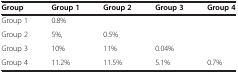
<table><thead><tr><td><b>Group</b></td><td><b>Group 1</b></td><td><b>Group 2</b></td><td><b>Group 3</b></td><td><b>Group 4</b></td></tr></thead><tbody><tr><td>Group 1</td><td>0.8%</td><td> </td><td> </td><td> </td></tr><tr><td>Group 2</td><td>5%,</td><td>0.5%</td><td> </td><td> </td></tr><tr><td>Group 3</td><td>10%</td><td>11%</td><td>0.04%</td><td> </td></tr><tr><td>Group 4</td><td>11.2%</td><td>11.5%</td><td>5.1%</td><td>0.7%</td></tr></tbody></table>